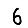
Digit: 6